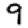
Digit: 9